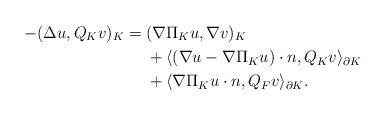
LaTeX: \begin{align*}-(\Delta u, Q_K v)_K =\; &(\nabla \Pi_K u, \nabla v)_K \\& + \langle (\nabla u -\nabla \Pi_K u)\cdot n, Q_K v \rangle_{\partial K} \\& + \langle \nabla \Pi_K u\cdot n, Q_F v \rangle_{\partial K}.\end{align*}